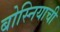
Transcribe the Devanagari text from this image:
बोस्नियाची